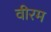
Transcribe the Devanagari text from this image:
वीरम